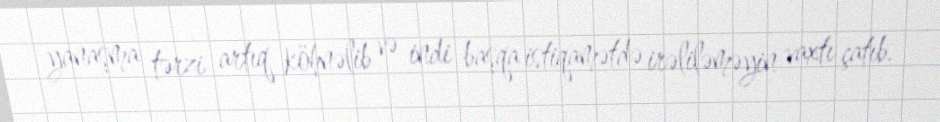
yanaşma tərzi artıq köhnəlib və indi başqa istiqamətdə irəliləməyin vaxtı çatıb.